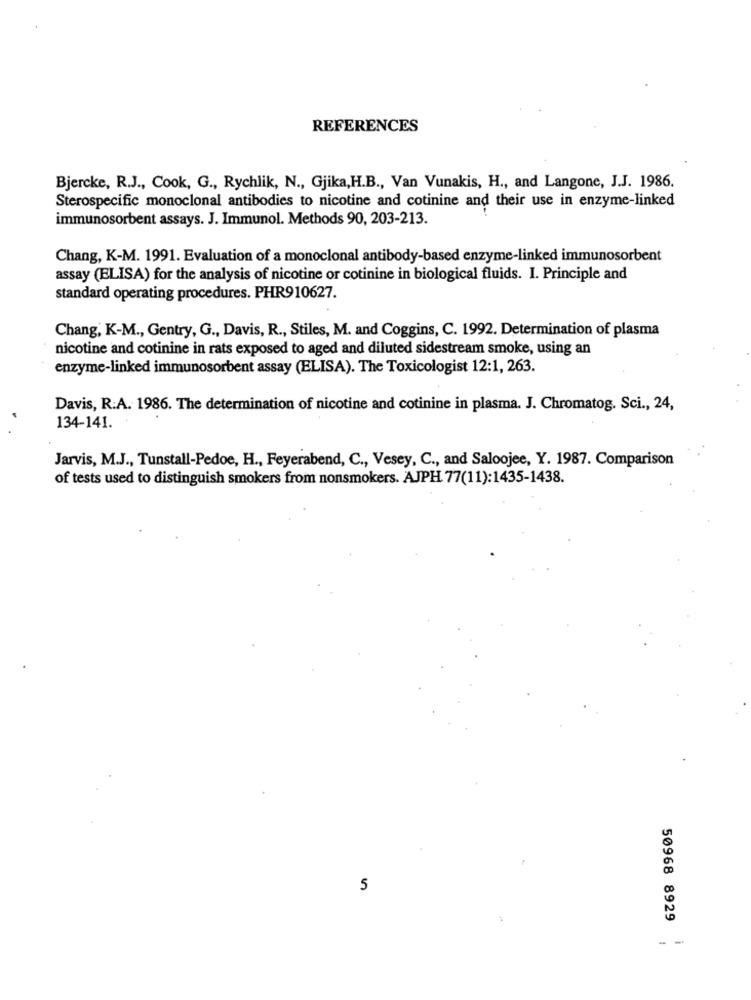
REFERENCES
Bjercke, R.J ., Cook, G ., Rychlik, N ., Gjika,H.B ., Van Vunakis, H ., and Langone, J.J. 1986.
Sterospecific monoclonal antibodies to nicotine and cotinine and their use in enzyme-linked
immunosorbent assays. J. Immunol. Methods 90, 203-213.
Chang, K-M. 1991. Evaluation of a monoclonal antibody-based enzyme-linked immunosorbent
assay (ELISA) for the analysis of nicotine or cotinine in biological fluids. I. Principle and
standard operating procedures. PHR910627.
Chang, K-M ., Gentry, G ., Davis, R ., Stiles, M. and Coggins, C. 1992. Determination of plasma
nicotine and cotinine in rats exposed to aged and diluted sidestream smoke, using an
enzyme-linked immunosorbent assay (ELISA). The Toxicologist 12:1, 263.
Davis, R.A. 1986. The determination of nicotine and cotinine in plasma. J. Chromatog. Sci ., 24,
134-141.
Jarvis, M.J ., Tunstall-Pedoe, H ., Feyerabend, C ., Vesey, C ., and Saloojee, Y. 1987. Comparison
of tests used to distinguish smokers from nonsmokers. AJPH 77(11):1435-1438.
5
50968 8929